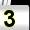
Digit: 3